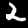
Label: 2